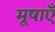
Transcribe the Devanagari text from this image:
मूषाएँ